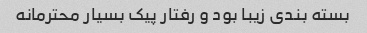
بسته بندی زیبا بود و رفتار پیک بسیار محترمانه